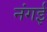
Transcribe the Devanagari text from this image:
नंगई